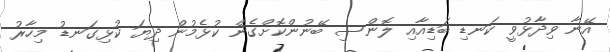
އޭނާ ވިދާޅުވީ ކަނޑި ބަޑިއާއި ލޮންސި ބޭނުންކޮށްގެން ކުޅެމުން ދިޔަ ކުޅިގަނޑު މިހާރު